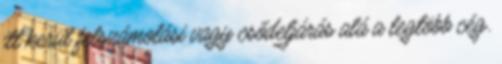
itt kerül felszámolási vagy csődeljárás alá a legtöbb cég.